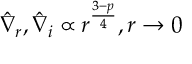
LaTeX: \hat { \nabla } _ { r } , \hat { \nabla } _ { i } \propto r ^ { \frac { 3 - p } { 4 } } , r \rightarrow 0